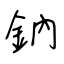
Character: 鈉